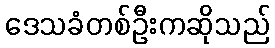
ဒေသခံတစ်ဦးကဆိုသည်